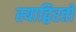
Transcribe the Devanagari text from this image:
स्याद्विरतो